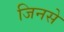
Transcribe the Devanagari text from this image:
जिनसे